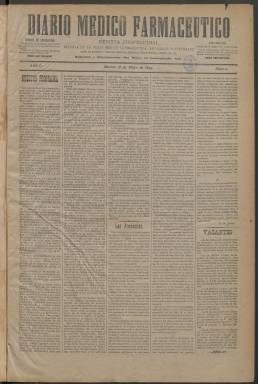
Título: Diario médico farmacéutico (Madrid. 1899)
Colección: Farmacia || Medicina
Ámbito geográfico: Madrid
Lugar de publicación: Madrid
Fechas: 16/05/1899-01/12/1900